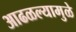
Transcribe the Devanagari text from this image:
आढळल्यामुळे